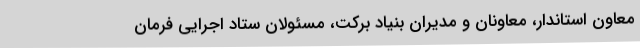
معاون استاندار، معاونان و مدیران بنیاد برکت، مسئولان ستاد اجرایی فرمان